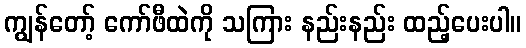
ကျွန်တော့် ကော်ဖီထဲကို သကြား နည်းနည်း ထည့်ပေးပါ။